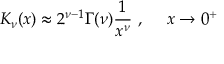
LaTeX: K _ { \nu } ( x ) \approx 2 ^ { \nu - 1 } \Gamma ( \nu ) \frac { 1 } { x ^ { \nu } } ~ , ~ ~ ~ ~ x \to 0 ^ { + }